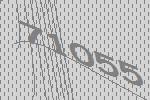
71055